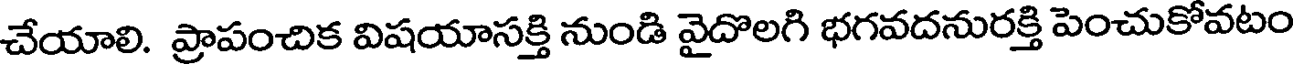
చేయాలి. ప్రాపంచిక విషయాసక్తి నుండి వైదొలగి భగవదనురక్తి పెంచుకోవటం